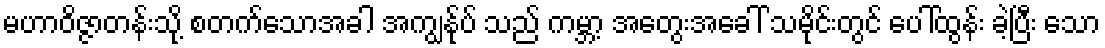
မဟာဝိဇ္ဇာတန်းသို့ စတက်သောအခါ အကျွန်ုပ် သည် ကမ္ဘာ့ အတွေးအခေါ် သမိုင်းတွင် ပေါ်ထွန်း ခဲ့ပြီး သော